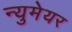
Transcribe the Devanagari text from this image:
न्युमेयर